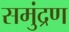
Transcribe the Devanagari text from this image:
समुंद्रण